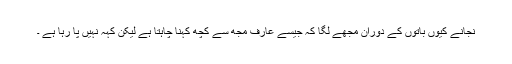
نجانے کیوں باتوں کے دوران مجھے لگا کہ جیسے عارف مجھ سے کچھ کہنا چاہتا ہے لیکن کہہ نہیں پا رہا ہے ۔